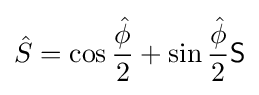
{\hat {S}}=\cos {\frac {\hat {\phi }}{2}}+\sin {\frac {\hat {\phi }}{2}}{\mathsf {S}}